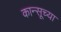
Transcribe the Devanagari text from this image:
कान्सूच्या